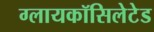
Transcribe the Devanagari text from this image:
ग्लायकॉसिलेटेड